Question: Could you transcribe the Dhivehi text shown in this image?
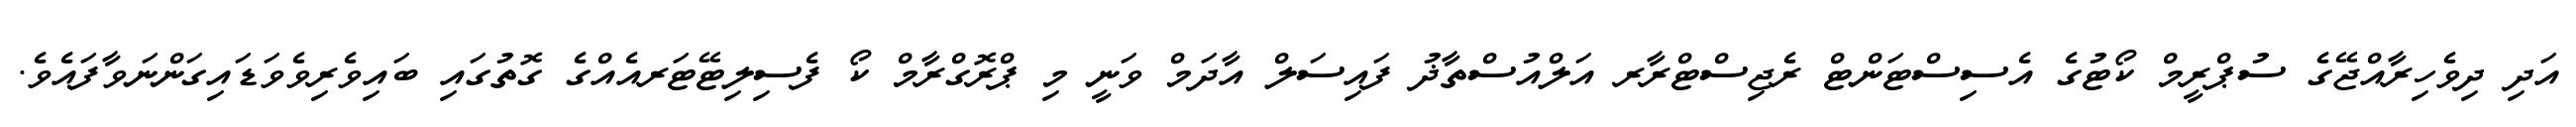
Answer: އަދި ދިވެހިރާއްޖޭގެ ސުޕްރީމް ކޯޓުގެ އެސިސްޓަންޓް ރެޖިސްޓްރާރ އަލްއުސްތާޛު ފައިސަލް އާދަމް ވަނީ މި ޕްރޮގްރާމް ކޯ ފެސިލިޓޭޓަރއެއްގެ ގޮތުގައި ބައިވެރިވެވަޑައިގަންނަވާފައެވެ.